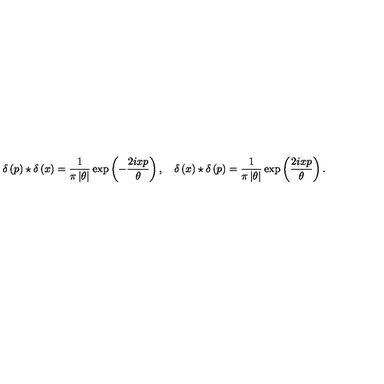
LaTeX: \delta \left( p \right) \star \delta \left( x \right) = \frac { 1 } { \pi \left| \theta \right| } \exp \left( - \frac { 2 i x p } { \theta } \right) , \quad \delta \left( x \right) \star \delta \left( p \right) = \frac { 1 } { \pi \left| \theta \right| } \exp \left( \frac { 2 i x p } { \theta } \right) .